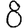
Digit: 8